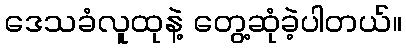
ဒေသခံလူထုနဲ့ တွေ့ဆုံခဲ့ပါတယ်။